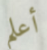
أعلم